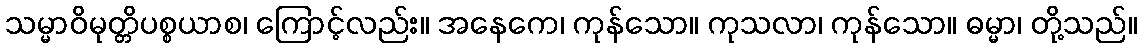
သမ္မာဝိမုတ္တိပစ္စယာစ၊ ကြောင့်လည်း။ အနေကေ၊ ကုန်သော။ ကုသလာ၊ ကုန်သော။ ဓမ္မာ၊ တို့သည်။